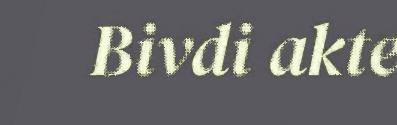
Bivdi akte